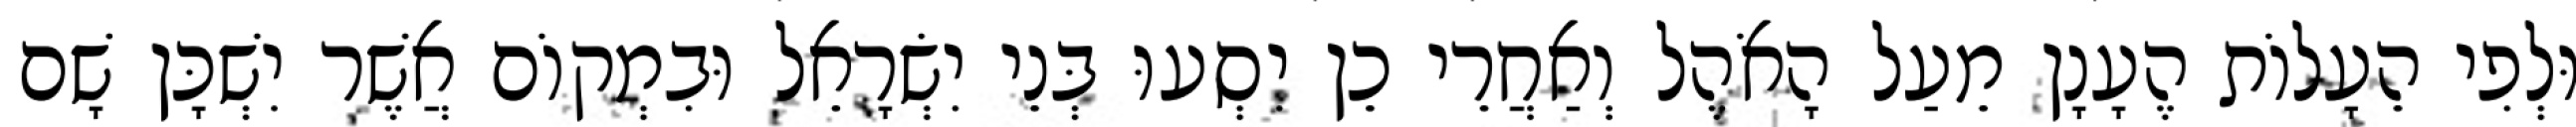
וּלְפִי הֵעָלוֹת הֶעָנָן מֵעַל הָאֹהֶל וְאַחֲרֵי כֵן יִסְעוּ בְּנֵי יִשְׂרָאֵל וּבִמְקוֹם אֲשֶׁר יִשְׁכָּן שָׁם